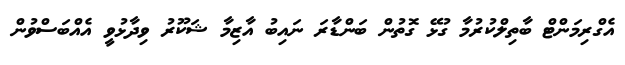
އެގްރިމަންޓް ބާތިލްކުރުމާ ގުޅޭ ގޮތުން ބަންޑާރަ ނައިބު އާޒިމާ ޝަކޫރު ވިދާޅުވީ އެއްބަސްވުން